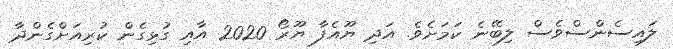
ލައިސެންސްވެސް ލިބޭނެ ކަމަށެވެ. އަދި ޔޫއެފާ ޔޫރޯ 2020 އާއި ގުޅިގެން ކުރިއަށްގެންދާ